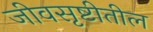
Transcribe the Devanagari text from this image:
जीवसृष्टीतील